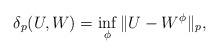
LaTeX: \begin{align*}\delta_p(U,W) = \inf_\phi \|U-W^\phi\|_p,\end{align*}